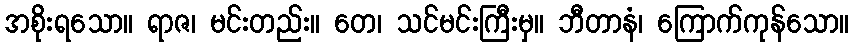
အစိုးရသော။ ရာဇ၊ မင်းတည်း။ တေ၊ သင်မင်းကြီးမှ။ ဘီတာနံ၊ ကြောက်ကုန်သော။